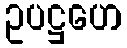
ဥပဋ္ဌဟေ